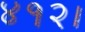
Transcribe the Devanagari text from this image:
४१२।